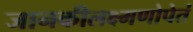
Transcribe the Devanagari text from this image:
जानकीलक्ष्मणोपेतं